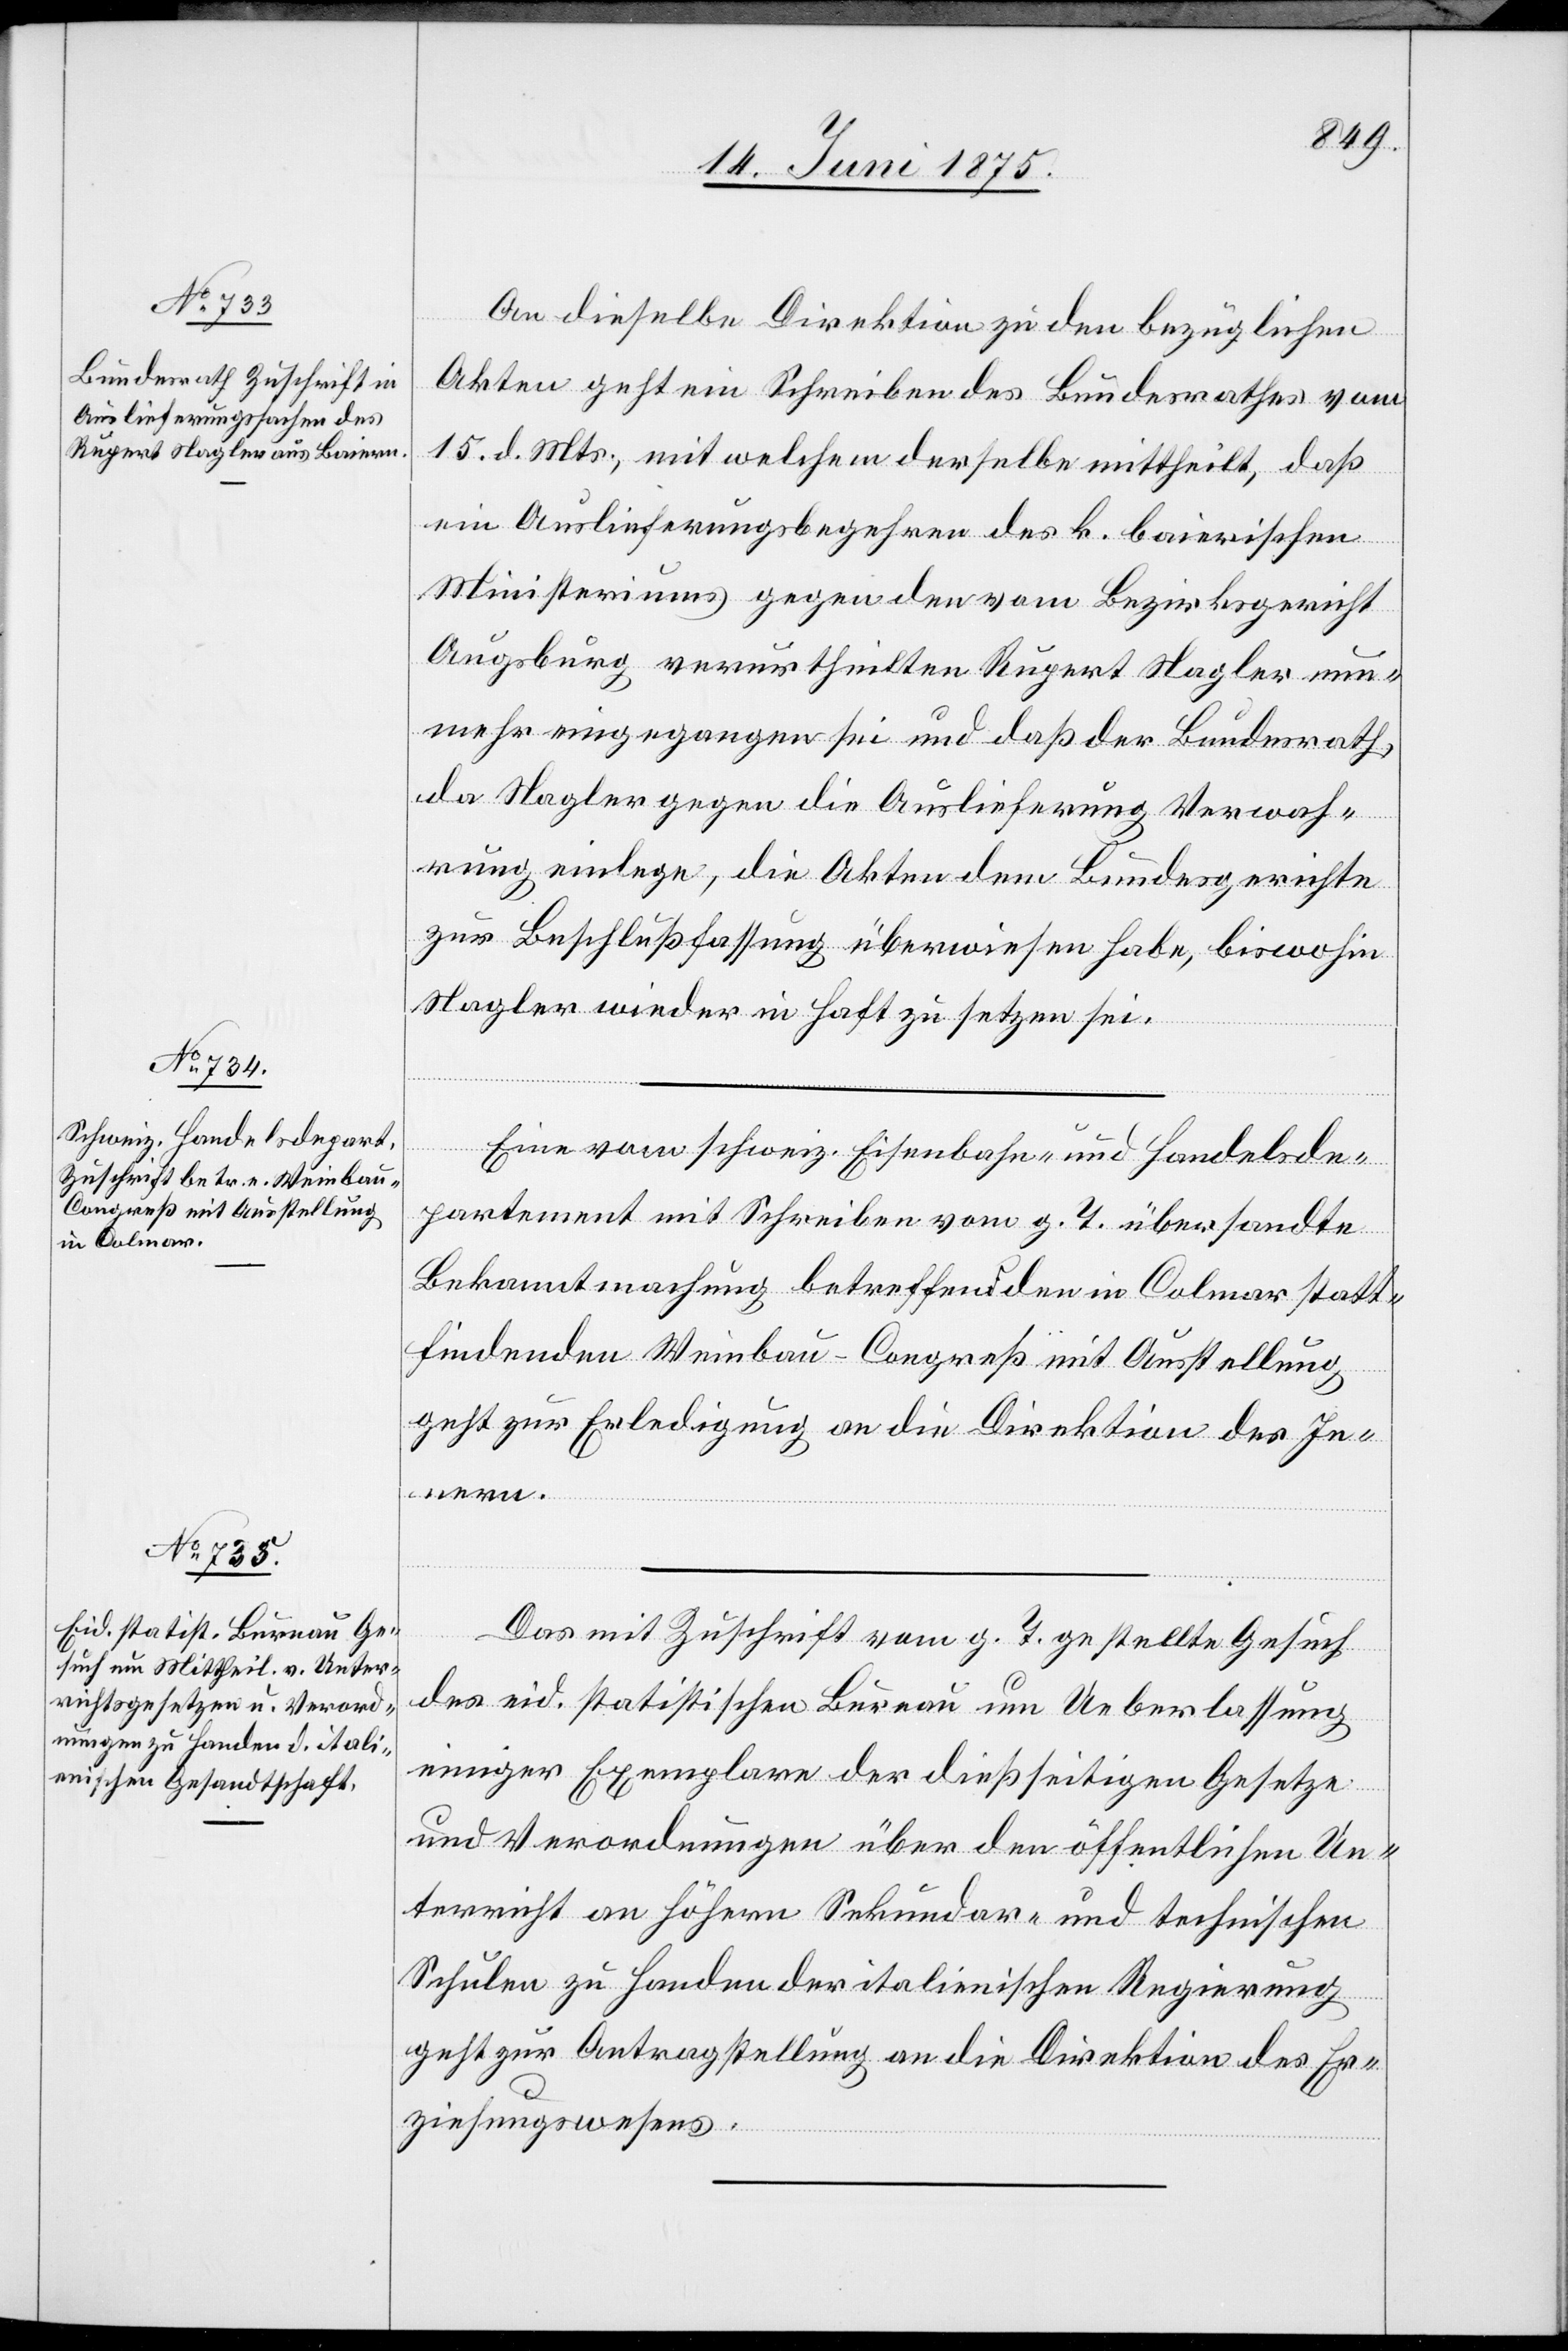
17. Juni 1875.]
An dieselbe Direktion zu den bezüglichen
Akten geht ein Schreiben des Bundesrathes vom
15. d. Mts., mit welchem derselbe mittheilt daß
ein Auslieferungsbegehren des k. baierischen
Ministeriums gegen den vom Bundesgericht
Augsburg verurtheilten Rupert Nagler nun¬
mehr eingegangen sei und daß der Bundesrath,
da Nagler gegen die Auslieferung Verwah¬
rung einlege, die Akten dem Bundesgerichte
zur Beschlußfassung überwiesen habe, biswohin
Nagler wieder in Haft zu setzen sei.
Eine vom schweiz. Eisenbahn- und Handelsde¬
partement mit Schreiben vom g. T. übersandte
Bekanntmachung betreffend den in Colmar statt¬
findenden Weinbau-Congreß mit Ausstellung
geht zur Erledigung an die Direktion des In¬
nern.
Das mit Zuschrift vom g. T. gestellte Gesuch
des eid. statistischen Bureau um Ueberlassung
einiger Exemplare der dießseitigen Gesetze
und Verordnungen über den öffentlichen Un¬
terricht an höhern Sekundar- und technischen
Schulen zu Handen der italienischen Regierung
geht zur Antragstellung an die Direktion des Er¬
ziehungswesens.